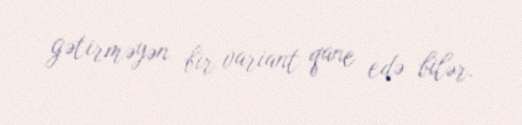
gətirməyən bir variant qane edə bilər.